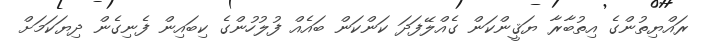
ރައްޔިތުންގެ އިތުބާރާ ޔަޤީންކަން ގެއްލޭފަދަ ކަންކަން ބައެއް ފުލުހުންގެ ކިބައިން ފެނިގެން ދިޔަކަމަށް